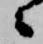
々